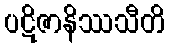
ပဋိဇာနိဿသီတိ